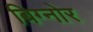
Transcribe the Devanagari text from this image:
बिग्नोर